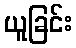
ယူခြင်း